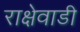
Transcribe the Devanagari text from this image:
राक्षेवाडी